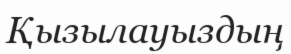
Қызылауыздың